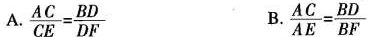
A.$$\frac{ A C } { C E } = \frac{ B D } { D F }$$ B. $$\frac{ A C } { A E } = \frac{ B D } { B F }$$